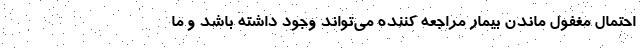
احتمال مغفول ماندن بیمار مراجعه کننده می‌تواند وجود داشته باشد و ما